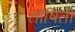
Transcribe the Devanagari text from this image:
तोषिती